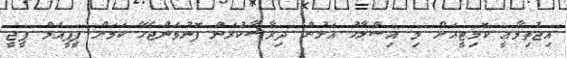
އިޖުތިމާއީ ކޮމިޓީއަށް މި އިސްލާހު އަލުން ދިރާސާކުރަން ފޮނުވަންޖެހޭ ކަމަށް ޕީޕީއެމް ޕީޖީ